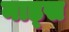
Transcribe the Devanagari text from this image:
नाड्स